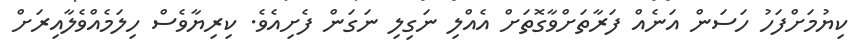
ކިޔުމަށްފަހު ހަސަން އަނެއް ފަރާތަށްވާގޮތަށް އެއްލި ނަގިލި ނަގަން ފެށިއެވެ. ކިރިޔާވެސް ހިލަމެއްވެލާއިރަށް